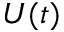
U ( t )